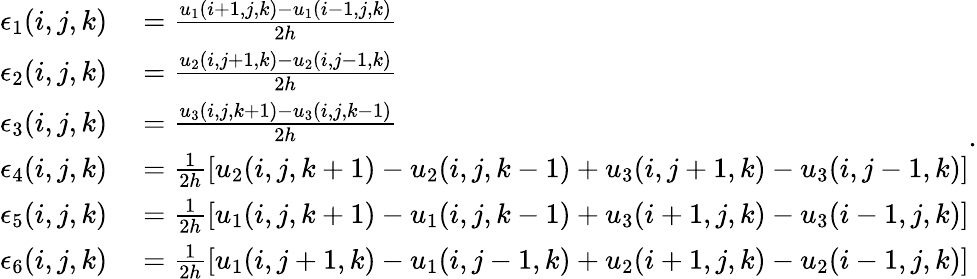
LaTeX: \begin{array}{rl}{\epsilon_{1}(i,j,k)}&{{}=\frac{u_{1}(i+1,j,k)-u_{1}(i-1,j,k)}{2h}}\\ {\epsilon_{2}(i,j,k)}&{{}=\frac{u_{2}(i,j+1,k)-u_{2}(i,j-1,k)}{2h}}\\ {\epsilon_{3}(i,j,k)}&{{}=\frac{u_{3}(i,j,k+1)-u_{3}(i,j,k-1)}{2h}}\\ {\epsilon_{4}(i,j,k)}&{{}=\frac{1}{2h}\left[u_{2}(i,j,k+1)-u_{2}(i,j,k-1)+u_{3}(i,j+1,k)-u_{3}(i,j-1,k)\right]}\\ {\epsilon_{5}(i,j,k)}&{{}=\frac{1}{2h}\left[u_{1}(i,j,k+1)-u_{1}(i,j,k-1)+u_{3}(i+1,j,k)-u_{3}(i-1,j,k)\right]}\\ {\epsilon_{6}(i,j,k)}&{{}=\frac{1}{2h}\left[u_{1}(i,j+1,k)-u_{1}(i,j-1,k)+u_{2}(i+1,j,k)-u_{2}(i-1,j,k)\right]}\end{array}.